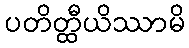
ပတိတ္ထီယိဿာမိ